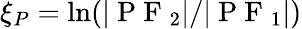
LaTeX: \displaystyle\xi_{P}=\ln(|\mathrm{~P~F~}_{2}|/|\mathrm{~P~F~}_{1}|)